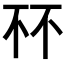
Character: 𫠭